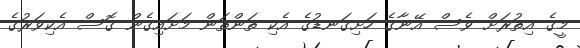
މީގެ އިތުރަށް ވެސް އޭނާގެ ހަށިގަނޑުގެ އެކި ތަންތަން މަށައިގެން ގޮސް އެކިވަރުގެ